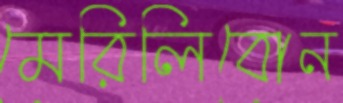
মেরিলিবোন